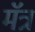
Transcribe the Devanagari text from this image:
मॅत्र